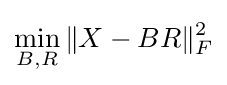
\min _{B,R}\|X-BR\|_{F}^{2}